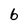
Character: b